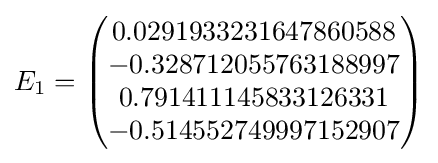
E_{1}={\begin{pmatrix}0.0291933231647860588\\-0.328712055763188997\\0.791411145833126331\\-0.514552749997152907\end{pmatrix}}